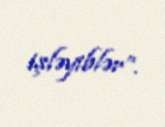
işləyiblər”.